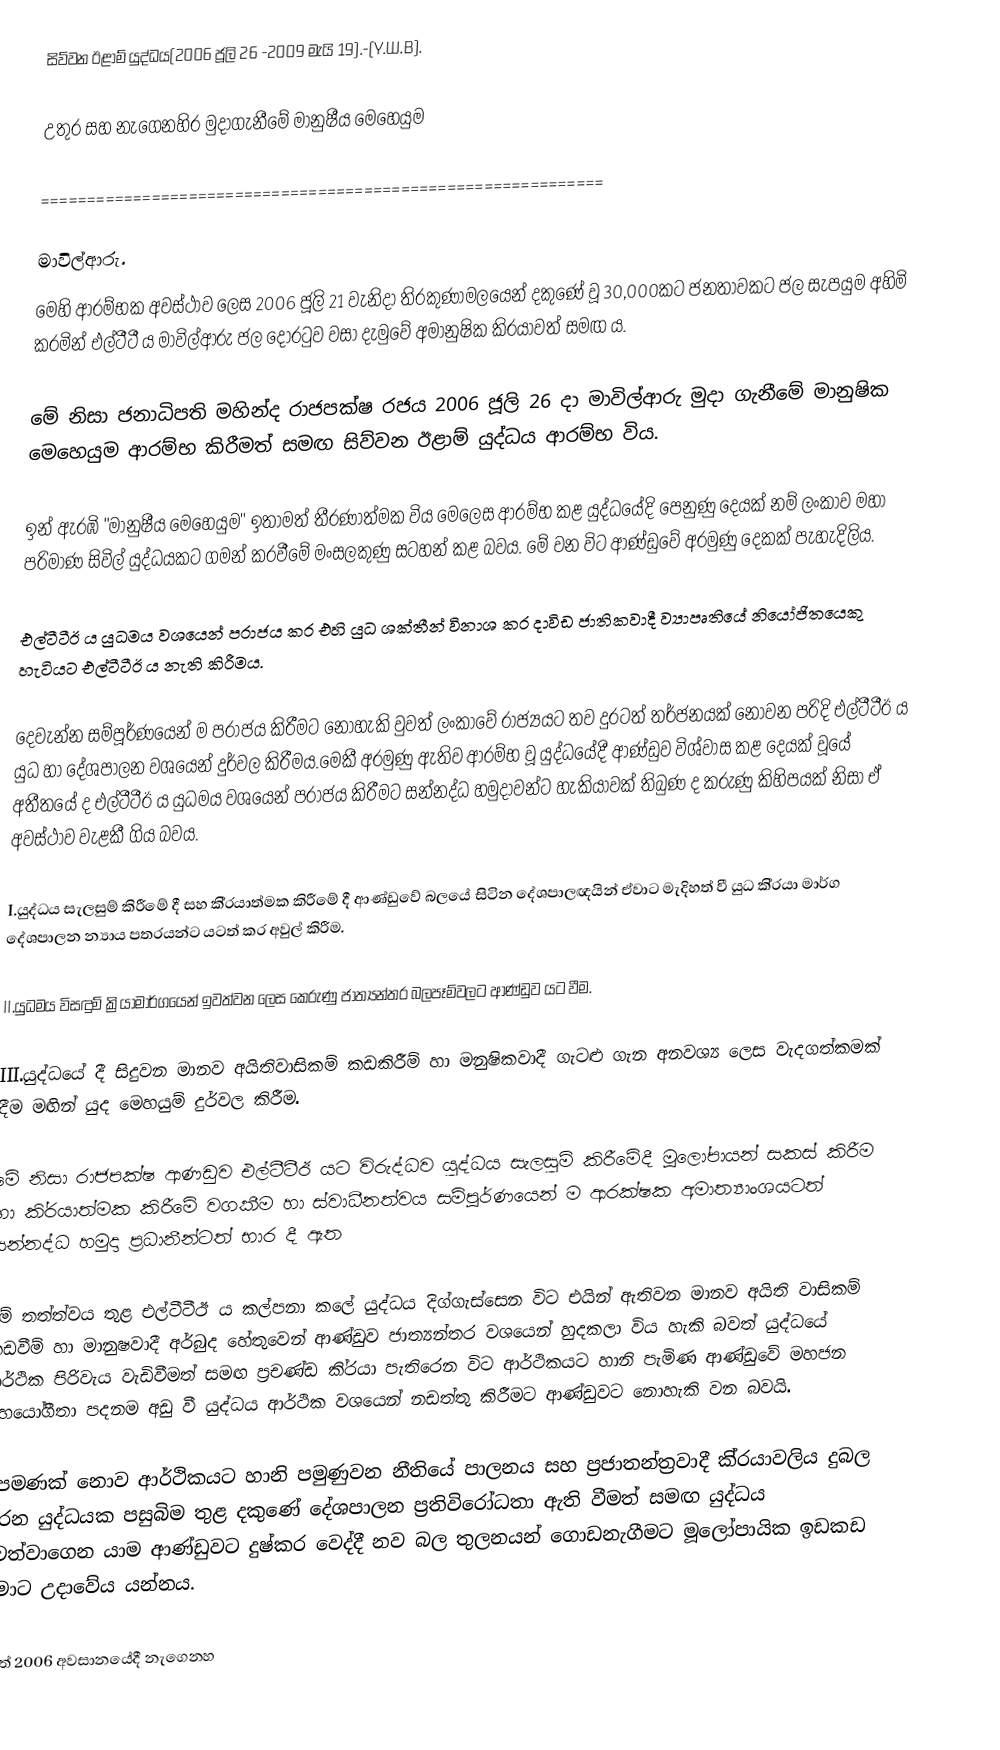
සිව්වන ඊළාම් යුද්ධය(2006 ජූලි 26 -2009 මැයි 19).-(Y.W.B).

උතුර සහ නැගෙනහිර මුදාගැනීමේ මානුෂීය මෙහෙයුම

=============================================================

මාවිල්ආරු.
මෙහි ආරම්භක අවස්ථාව ලෙස 2006 ජූලි 21 වැනිදා ති‍්‍රකුණාමලයෙන් දකුණේ වූ 30,000කට ජනතාවකට ජල සැපයුම අහිමි කරමින් එල්ටීටී ය මාවිල්ආරු ජල දොරටුව වසා දැමුවේ අමානුෂික කි‍්‍රයාවත් සමඟ ය.

මේ නිසා ජනාධිපති මහින්ද රාජපක්ෂ රජය 2006 ජූලි 26 දා මාවිල්ආරු මුදා ගැනීමේ මානුෂික මෙහෙයුම ආරම්භ කිරීමත් සමඟ සිව්වන ඊළාම් යුද්ධය ආරම්භ විය.

ඉන් ඇරඹි "මානුෂීය මෙහෙයුම" ඉතාමත් තීරණාත්මක විය මෙලෙස ආරම්භ කළ යුද්ධයේදි පෙනුණු දෙයක් නම් ලංකාව මහා පරිමාණ සිවිල් යුද්ධයකට ගමන් කරවීමේ මංසලකුණු සටහන් කළ බවය. මේ වන විට ආණ්ඩුවේ අරමුණු දෙකක් පැහැදිලිය.

එල්ටීටීඊ ය යුධමය වශයෙන් පරාජය කර එහි යුධ ශක්තීන් විනාශ කර දාවිඩ ජාතිකවාදී ව්‍යාපෘතියේ නියෝජිතයෙකු හැටියට එල්ටීටීඊ ය නැති කිරීමය.

දෙවැන්න සම්පූර්ණයෙන් ම පරාජය කිරීමට නොහැකි වුවත් ලංකාවේ රාජ්‍යයට තව දුරටත් තර්ජනයක් නොවන පරිදි එල්ටීටීඊ ය යුධ හා දේශපාලන වශයෙන් දුර්වල කිරීමය.මෙකී අරමුණු ඇතිව ආරම්භ වූ යුද්ධයේදී ආණ්ඩුව විශ්වාස කළ දෙයක් වූයේ අතීතයේ ද එල්ටීටීඊ ය යුධමය වශයෙන් පරාජය කිරීමට සන්නද්ධ හමුදාවන්ට හැකියාවක් තිබුණ ද කරුණු කිහිපයක් නිසා ඒ අවස්ථාව වැළකී ගිය බවය.

I.යුද්ධය සැලසුම් කිරීමේ දී සහ කි‍්‍රයාත්මක කිරීමේ දී ආණ්ඩුවේ බලයේ සිටින දේශපාලඥයින් ඒවාට මැදිහත් වී යුධ කි‍්‍රයා මාර්ග දේශපාලන න්‍යාය පත‍්‍රයන්ට යටත් කර අවුල් කිරීම.

II.යුධමය විසඳුම් ක්‍රියාමාර්ගයෙන් ඉවත්වන ලෙස කෙරුණු ජාත්‍යන්තර බලපෑම්වලට ආණ්ඩුව යට වීම.

III.යුද්ධයේ දී සිදුවන මානව අයිතිවාසිකම් කඩකිරීම් හා මනුෂිකවාදී ගැටළු ගැන අනවශ්‍ය ලෙස වැදගත්කමක් දීම මඟින් යුද මෙහයුම් දුර්වල කිරීම.

මේ නිසා රාජපක්ෂ ආණඩුව එල්ටීටීඊ යට විරුද්ධව යුද්ධය සැලසුම් කිරීමේදී මූලෝපායන් සකස් කිරීම හා කි‍්‍රයාත්මක කිරීමේ වගකීම හා ස්වාධීනත්වය සම්පූර්ණයෙන් ම ආරක්ෂක අමාත්‍යාංශයටත් සන්නද්ධ හමුදා ප‍්‍රධානීන්ටත් භාර දී ඇත

මේ තත්ත්වය තුළ එල්ටීටීඊ ය කල්පනා කලේ යුද්ධය දිග්ගැස්සෙන විට එයින් ඇතිවන මානව අයිති වාසිකම් කඩවීම් හා මානුෂවාදී අර්බුද හේතුවෙන් ආණ්ඩුව ජාත්‍යන්‍තර වශයෙන් හුදකලා විය හැකි බවත් යුද්ධයේ ආර්ථික පිරිවැය වැඩිවීමත් සමඟ ප‍්‍රචණ්ඩ කි‍්‍රයා පැතිරෙන විට ආර්ථිකයට හානි පැමිණ ආණ්ඩුවේ මහජන සහයෝගීතා පදනම අඩු වී යුද්ධය ආර්ථික වශයෙන් නඩත්තු කිරීමට ආණ්ඩුවට නොහැකි වන බවයි.

එපමණක් නොව ආර්ථිකයට හානි පමුණුවන නීතියේ පාලනය සහ ප‍්‍රජාතන්ත‍්‍රවාදී කි‍්‍රයාවලිය දුබල කරන යුද්ධයක පසුබිම තුළ දකුණේ දේශපාලන ප‍්‍රතිවිරෝධතා ඇති වීමත් සමඟ යුද්ධය පවත්වාගෙන යාම ආණ්ඩුවට දුෂ්කර වෙද්දී නව බල තුලනයන් ගොඩනැගීමට මූලෝපායික ඉඩකඩ තමාට උදාවේය යන්නය.

නමුත් 2006 අවසානයේදී නැගෙනහ